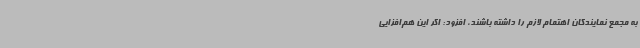
به مجمع نمایندگان اهتمام لازم را داشته باشند، افزود: اگر این هم‌افزایی